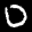
Label: 0